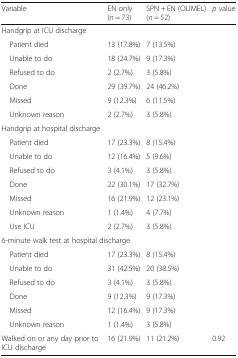
<table><thead><tr><td><b>Variable</b></td><td><b>EN only (<i>n</i> = 73)</b></td><td><b>SPN + EN (OLIMEL) (<i>n</i> = 52)</b></td><td><b><i>p</i> value</b></td></tr></thead><tbody><tr><td colspan="4">Handgrip at ICU discharge</td></tr><tr><td> Patient died</td><td>13 (17.8%)</td><td>7 (13.5%)</td><td rowspan="6"></td></tr><tr><td> Unable to do</td><td>18 (24.7%)</td><td>9 (17.3%)</td></tr><tr><td> Refused to do</td><td>2 (2.7%)</td><td>3 (5.8%)</td></tr><tr><td> Done</td><td>29 (39.7%)</td><td>24 (46.2%)</td></tr><tr><td> Missed</td><td>9 (12.3%)</td><td>6 (11.5%)</td></tr><tr><td> Unknown reason</td><td>2 (2.7%)</td><td>3 (5.8%)</td></tr><tr><td colspan="4">Handgrip at hospital discharge</td></tr><tr><td> Patient died</td><td>17 (23.3%)</td><td>8 (15.4%)</td><td rowspan="7"></td></tr><tr><td> Unable to do</td><td>12 (16.4%)</td><td>5 (9.6%)</td></tr><tr><td> Refused to do</td><td>3 (4.1%)</td><td>3 (5.8%)</td></tr><tr><td> Done</td><td>22 (30.1%)</td><td>17 (32.7%)</td></tr><tr><td> Missed</td><td>16 (21.9%)</td><td>12 (23.1%)</td></tr><tr><td> Unknown reason</td><td>1 (1.4%)</td><td>4 (7.7%)</td></tr><tr><td> Use ICU</td><td>2 (2.7%)</td><td>3 (5.8%)</td></tr><tr><td colspan="4">6-minute walk test at hospital discharge</td></tr><tr><td> Patient died</td><td>17 (23.3%)</td><td>8 (15.4%)</td><td rowspan="6"></td></tr><tr><td> Unable to do</td><td>31 (42.5%)</td><td>20 (38.5%)</td></tr><tr><td> Refused to do</td><td>3 (4.1%)</td><td>3 (5.8%)</td></tr><tr><td> Done</td><td>9 (12.3%)</td><td>9 (17.3%)</td></tr><tr><td> Missed</td><td>12 (16.4%)</td><td>9 (17.3%)</td></tr><tr><td> Unknown reason</td><td>1 (1.4%)</td><td>3 (5.8%)</td></tr><tr><td>Walked on or any day prior to ICU discharge</td><td>16 (21.9%)</td><td>11 (21.2%)</td><td>0.92</td></tr></tbody></table>